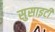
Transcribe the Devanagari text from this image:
सुसाइटी